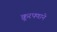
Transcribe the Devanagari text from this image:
क्रूरपणाने